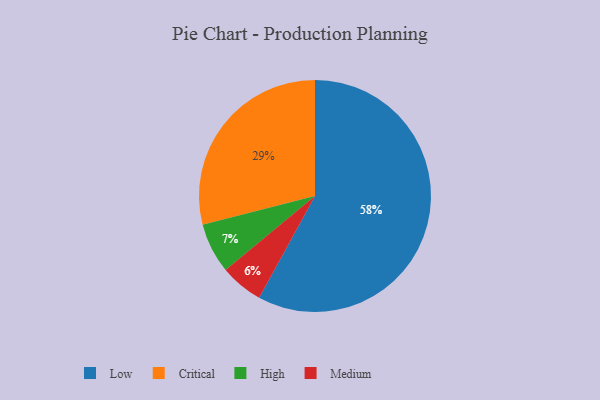
{"axis": {"x": "Category", "y": "Percentage"}, "legend": ["Critical", "High", "Low", "Medium"], "data": [{"x": "Critical", "y": 29, "type": "Critical"}, {"x": "High", "y": 7, "type": "High"}, {"x": "Medium", "y": 6, "type": "Medium"}, {"x": "Low", "y": 58, "type": "Low"}]}